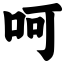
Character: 呵